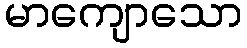
မာကျောသော